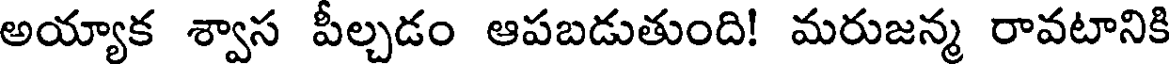
అయ్యాక శ్వాస పీల్చడం ఆపబడుతుంది! మరుజన్మ రావటానికి